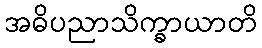
အဓိပညာသိက္ခာယာတိ